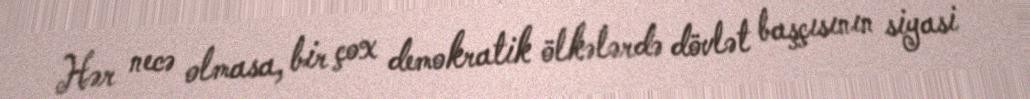
Hər necə olmasa, bir çox demokratik ölkələrdə dövlət başçısının siyasi